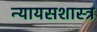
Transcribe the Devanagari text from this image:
न्यायसशास्त्र